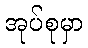
အုပ်စုမှာ